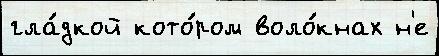
гла́дкой кото́ром воло́кнах н'е